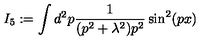
I _ { 5 } : = \int d ^ { 2 } p \frac { 1 } { ( p ^ { 2 } + \lambda ^ { 2 } ) p ^ { 2 } } \sin ^ { 2 } ( p x )